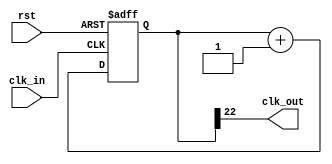
`timescale 1ns / 1ps
//////////////////////////////////////////////////////////////////////////////////
// Company: 
// Engineer: 
// 
// Design Name: 
// Module Name: CLK_DIV
// Project Name: 
// Target Devices: 
// Tool Versions: 
// Description: 
// 
// Dependencies: 
// 
// Revision:
// Revision 0.01 - File Created
// Additional Comments:
// 
//////////////////////////////////////////////////////////////////////////////////

module CLK_DIV(
input clk_in,
input rst,
output clk_out
    );
   reg [22:0]counter;

        always @ (posedge clk_in or posedge rst)begin
            if(rst)begin 
                counter<=0;
            end
            else begin
                counter<=counter+1'b1;
            end
        end
        assign clk_out=counter[22];
//assign clk_out=clk_in;

endmodule